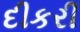
દીકરી